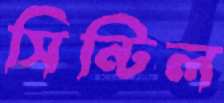
সিন্টিল